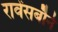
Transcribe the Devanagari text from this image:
रावेंसबौर्न